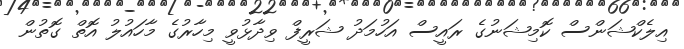
އިލެކްޝަންސް ކޮމިޝަނުގެ ރައީސް އަހުމަދު ޝަރީފް ވިދާޅުވީ މިހާރުގެ މާހައުލު އޮތް ގޮތުން